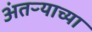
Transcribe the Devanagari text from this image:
अंतऱ्याच्या